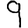
Digit: 9